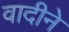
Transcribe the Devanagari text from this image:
वादीने